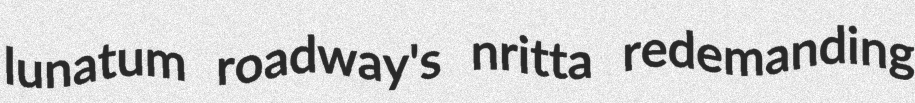
lunatum roadway's nritta redemanding